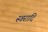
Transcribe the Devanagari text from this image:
स्वरादि